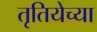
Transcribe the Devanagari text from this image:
तृतियेच्या